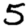
Digit: 5